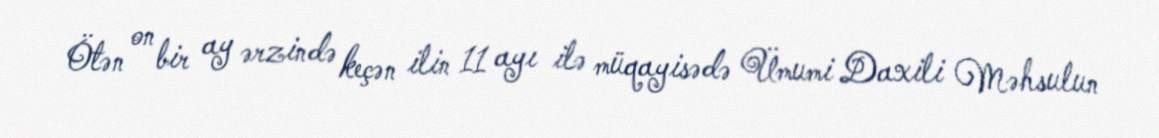
Ötən on bir ay ərzində keçən ilin 11 ayı ilə müqayisədə Ümumi Daxili Məhsulun